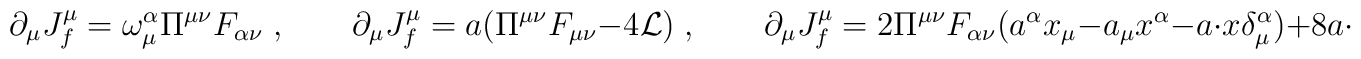
\partial_\mu J_f^\mu = \omega^\alpha_\mu \Pi^{\mu \nu} F_{\alpha \nu} \;,\quad \quad\partial_\mu J_f^\mu = a (\Pi^{\mu \nu} F_{\mu \nu} - 4 {\cal L}) \;,\quad \quad\partial_\mu J_f^\mu = 2 \Pi^{\mu \nu} F_{\alpha \nu} (a^\alpha x_\mu - a_\mu x^\alpha - a \cdot x \delta^\alpha_\mu)+ 8 a \cdot x {\cal L} \;,